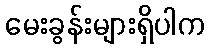
မေးခွန်းများရှိပါက